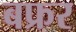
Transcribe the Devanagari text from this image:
बफ्रर